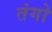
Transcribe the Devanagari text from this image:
तंगो